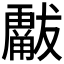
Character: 𱮫